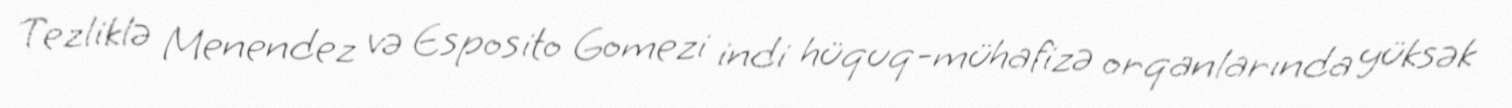
Tezliklə Menendez və Esposito Gomezi indi hüquq-mühafizə orqanlarında yüksək